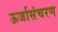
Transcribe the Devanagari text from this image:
ऊर्जासंचरण